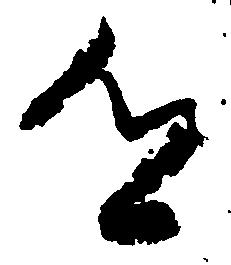
郷